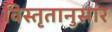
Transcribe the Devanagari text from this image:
विस्तृतानुसार